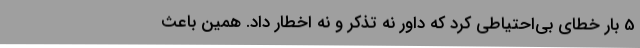
5 بار خطای بی‌احتیاطی کرد که داور نه تذکر و نه اخطار داد. همین باعث